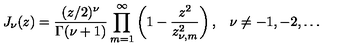
J _ { \nu } ( z ) = \frac { ( z / 2 ) ^ { \nu } } { \Gamma ( \nu + 1 ) } \prod _ { m = 1 } ^ { \infty } \left( 1 - \frac { z ^ { 2 } } { z _ { \nu , m } ^ { 2 } } \right) { , } \quad \nu \not = - 1 , - 2 , \ldots